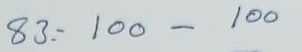
83 = 100 - 100